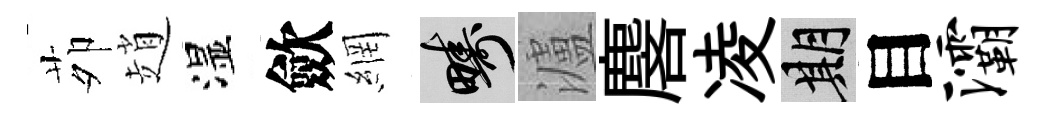
茆趙湿歛網疇瀘麐凌期目灞